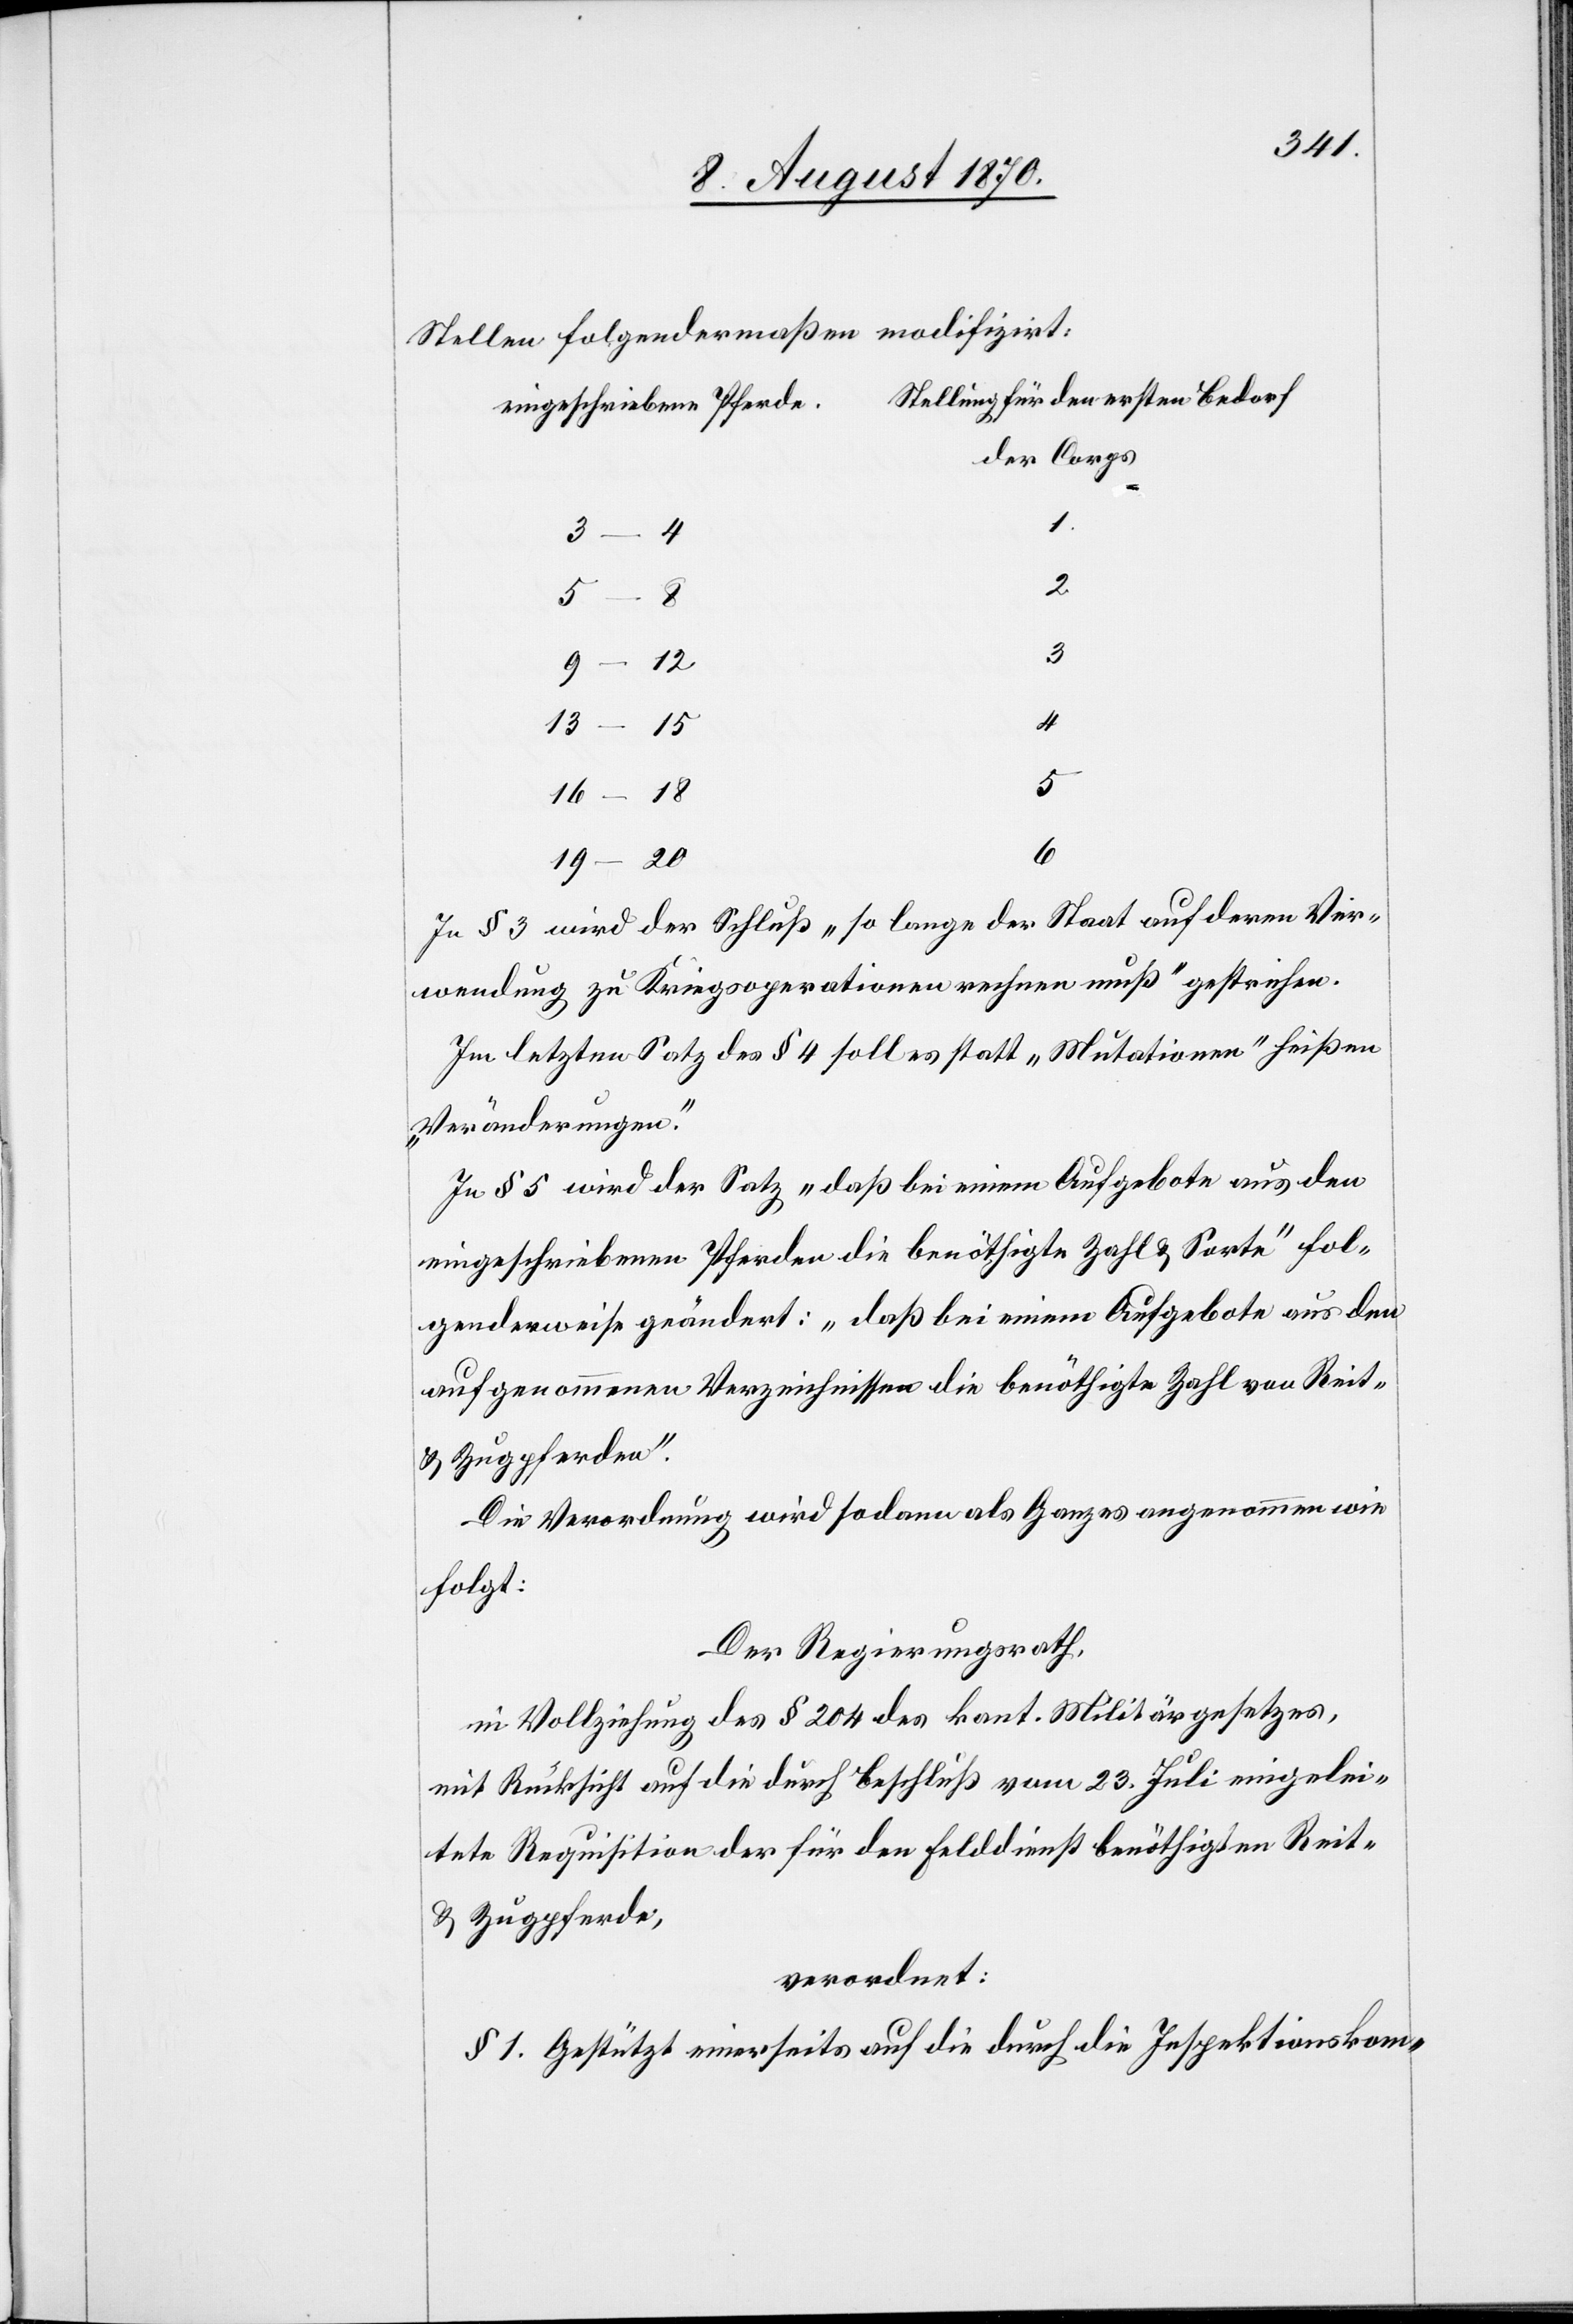
Stellen folgendermaßen modifizirt.
Stellung für den ersten Bedarf
eingeschriebene Pferde.
der Corps
1.
4
16–18
19–20
In § 3 wird der Schluß „so lange der Staat auf deren Ver¬
wendung zu Kriegsoperationen rechnen muß“ gestrichen.
Im letzten Satz des § 4 soll es statt „Mutationen“ heißen
„Veränderungen“.
In § 5 wird der Satz „daß bei einem Aufgebote aus den
eingeschriebenen Pferden die benöthigte Zahl & Sorte“ fol¬
genderweise geändert: „daß bei einem Aufgebote aus den
aufgenommenen Verzeichnissen die benöthigte Zahl von Reit-
& Zugpferden.“
Die Verordnung wird sodann als Ganzes angenommen wie
folgt:
Der Regierungsrath,
in Vollziehung des § 204 des kant. Militärgesetzes,
mit Rücksicht auf die durch Beschluß vom 23. Juli eingelei¬
tete Requisition der für den Felddienst benöthigten Reit-
& Zugpferde,
verordnet:
§ 1. Gestützt einerseits auf die durch die Inspektionskom-